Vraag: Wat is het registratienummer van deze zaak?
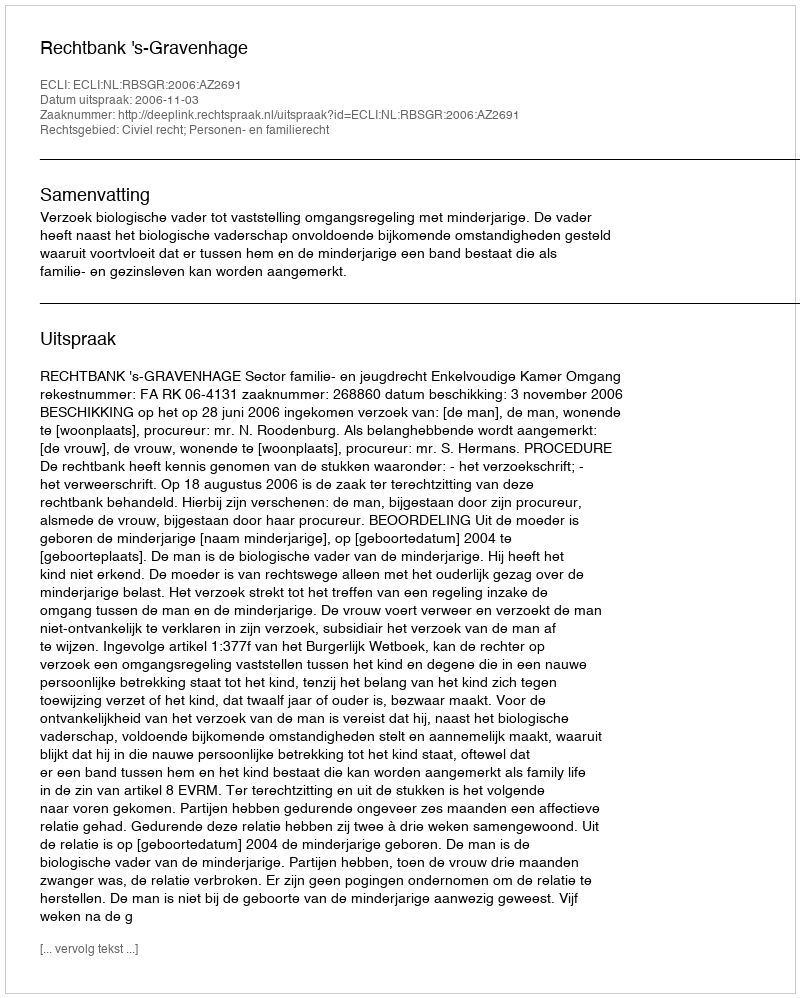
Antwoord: http://deeplink.rechtspraak.nl/uitspraak?id=ECLI:NL:RBSGR:2006:AZ2691